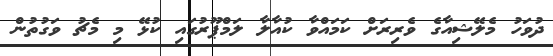
ދުވަހު މެލޭޝިއާގެ ވެރިރަށް ކަމައްވާ ކުއާލާ ލަމްޕޫރުގައި ކުޅޭ މި މެޗު ވަގުތުން